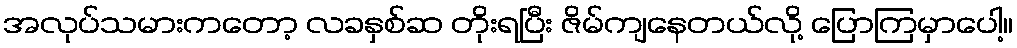
အလုပ်သမားကတော့ လခနှစ်ဆ တိုးရပြီး ဇိမ်ကျနေတယ်လို့ ပြောကြမှာပေါ့။